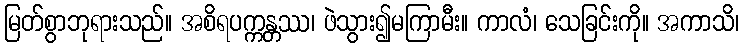
မြတ်စွာဘုရားသည်။ အစိရပက္ကန္တဿ၊ ဖဲသွား၍မကြာမီး။ ကာလံ၊ သေခြင်းကို။ အကာသိ၊